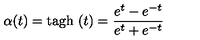
\alpha ( t ) = \mathrm { t a g h } \ ( t ) = \frac { e ^ { t } - e ^ { - t } } { e ^ { t } + e ^ { - t } }